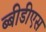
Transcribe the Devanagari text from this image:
ब्बीडीएस